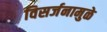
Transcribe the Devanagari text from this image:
विसर्जनामुळे